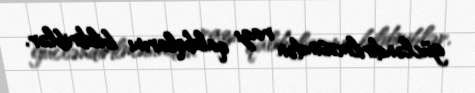
gücləndirilməsindən razı qaldıqlarını bildiriblər.